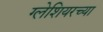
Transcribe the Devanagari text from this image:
ग्लेशियरच्या